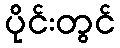
ပိုင်းတွင်